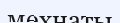
мехнаты